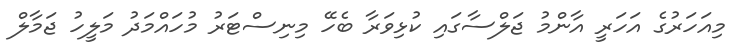
މިއަހަރުގެ އަހަރީ އާންމު ޖަލްސާގައި ކުޅިވަރާ ބެހޭ މިނިސްޓަރު މުހައްމަދު މަލީހު ޖަމާލް